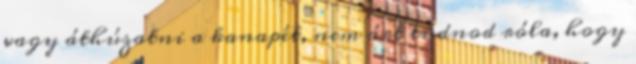
vagy áthúzatni a kanapét, nem árt tudnod róla, hogy